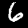
Digit: 6